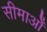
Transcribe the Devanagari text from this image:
सीमाओँ